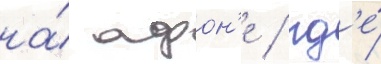
на́ афон'е / гд'е́